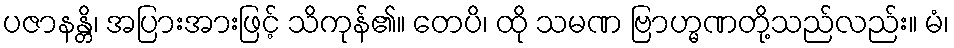
ပဇာနန္တိ၊ အပြားအားဖြင့် သိကုန်၏။ တေပိ၊ ထို သမဏ ဗြာဟ္မဏတို့သည်လည်း။ မံ၊